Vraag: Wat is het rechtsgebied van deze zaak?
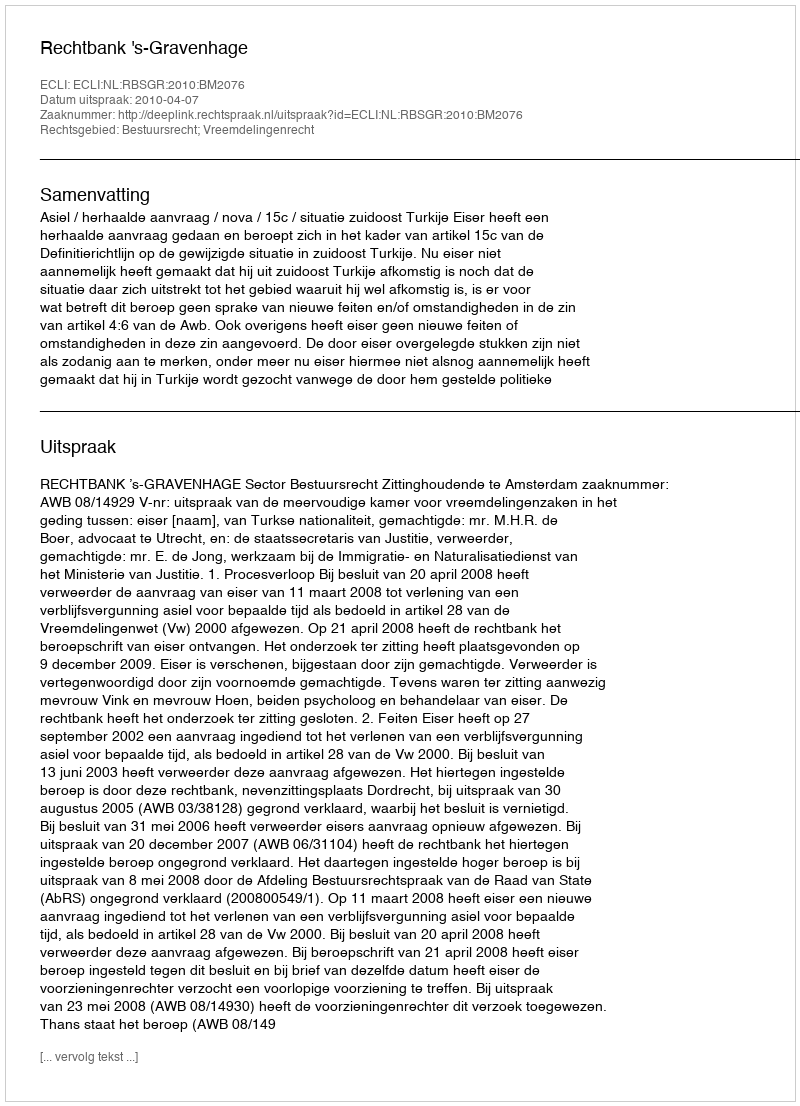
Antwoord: Bestuursrecht; Vreemdelingenrecht